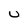
Character: U